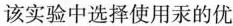
该实验中选择使用汞的优